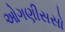
ઓગણીસસો